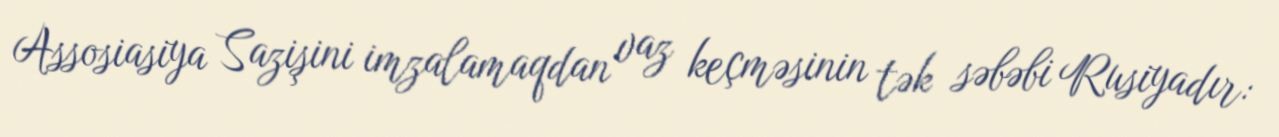
Assosiasiya Sazişini imzalamaqdan vaz keçməsinin tək səbəbi Rusiyadır: